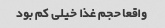
واقعا حجم غذا خیلی کم بود